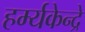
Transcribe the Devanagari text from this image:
हर्म्यकेन्द्रे